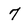
Character: 7